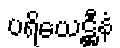
ပရိယေဋ္ဌီနံ